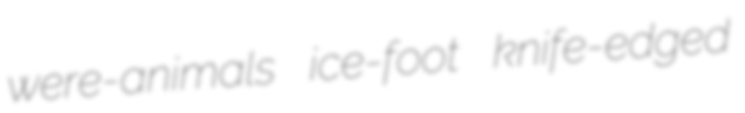
were-animals ice-foot knife-edged